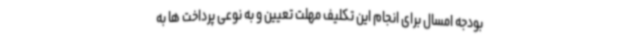
بودجه امسال برای انجام این تکلیف مهلت تعیین و به نوعی پرداخت ها به